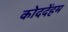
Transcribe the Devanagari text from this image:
कोददेंहम